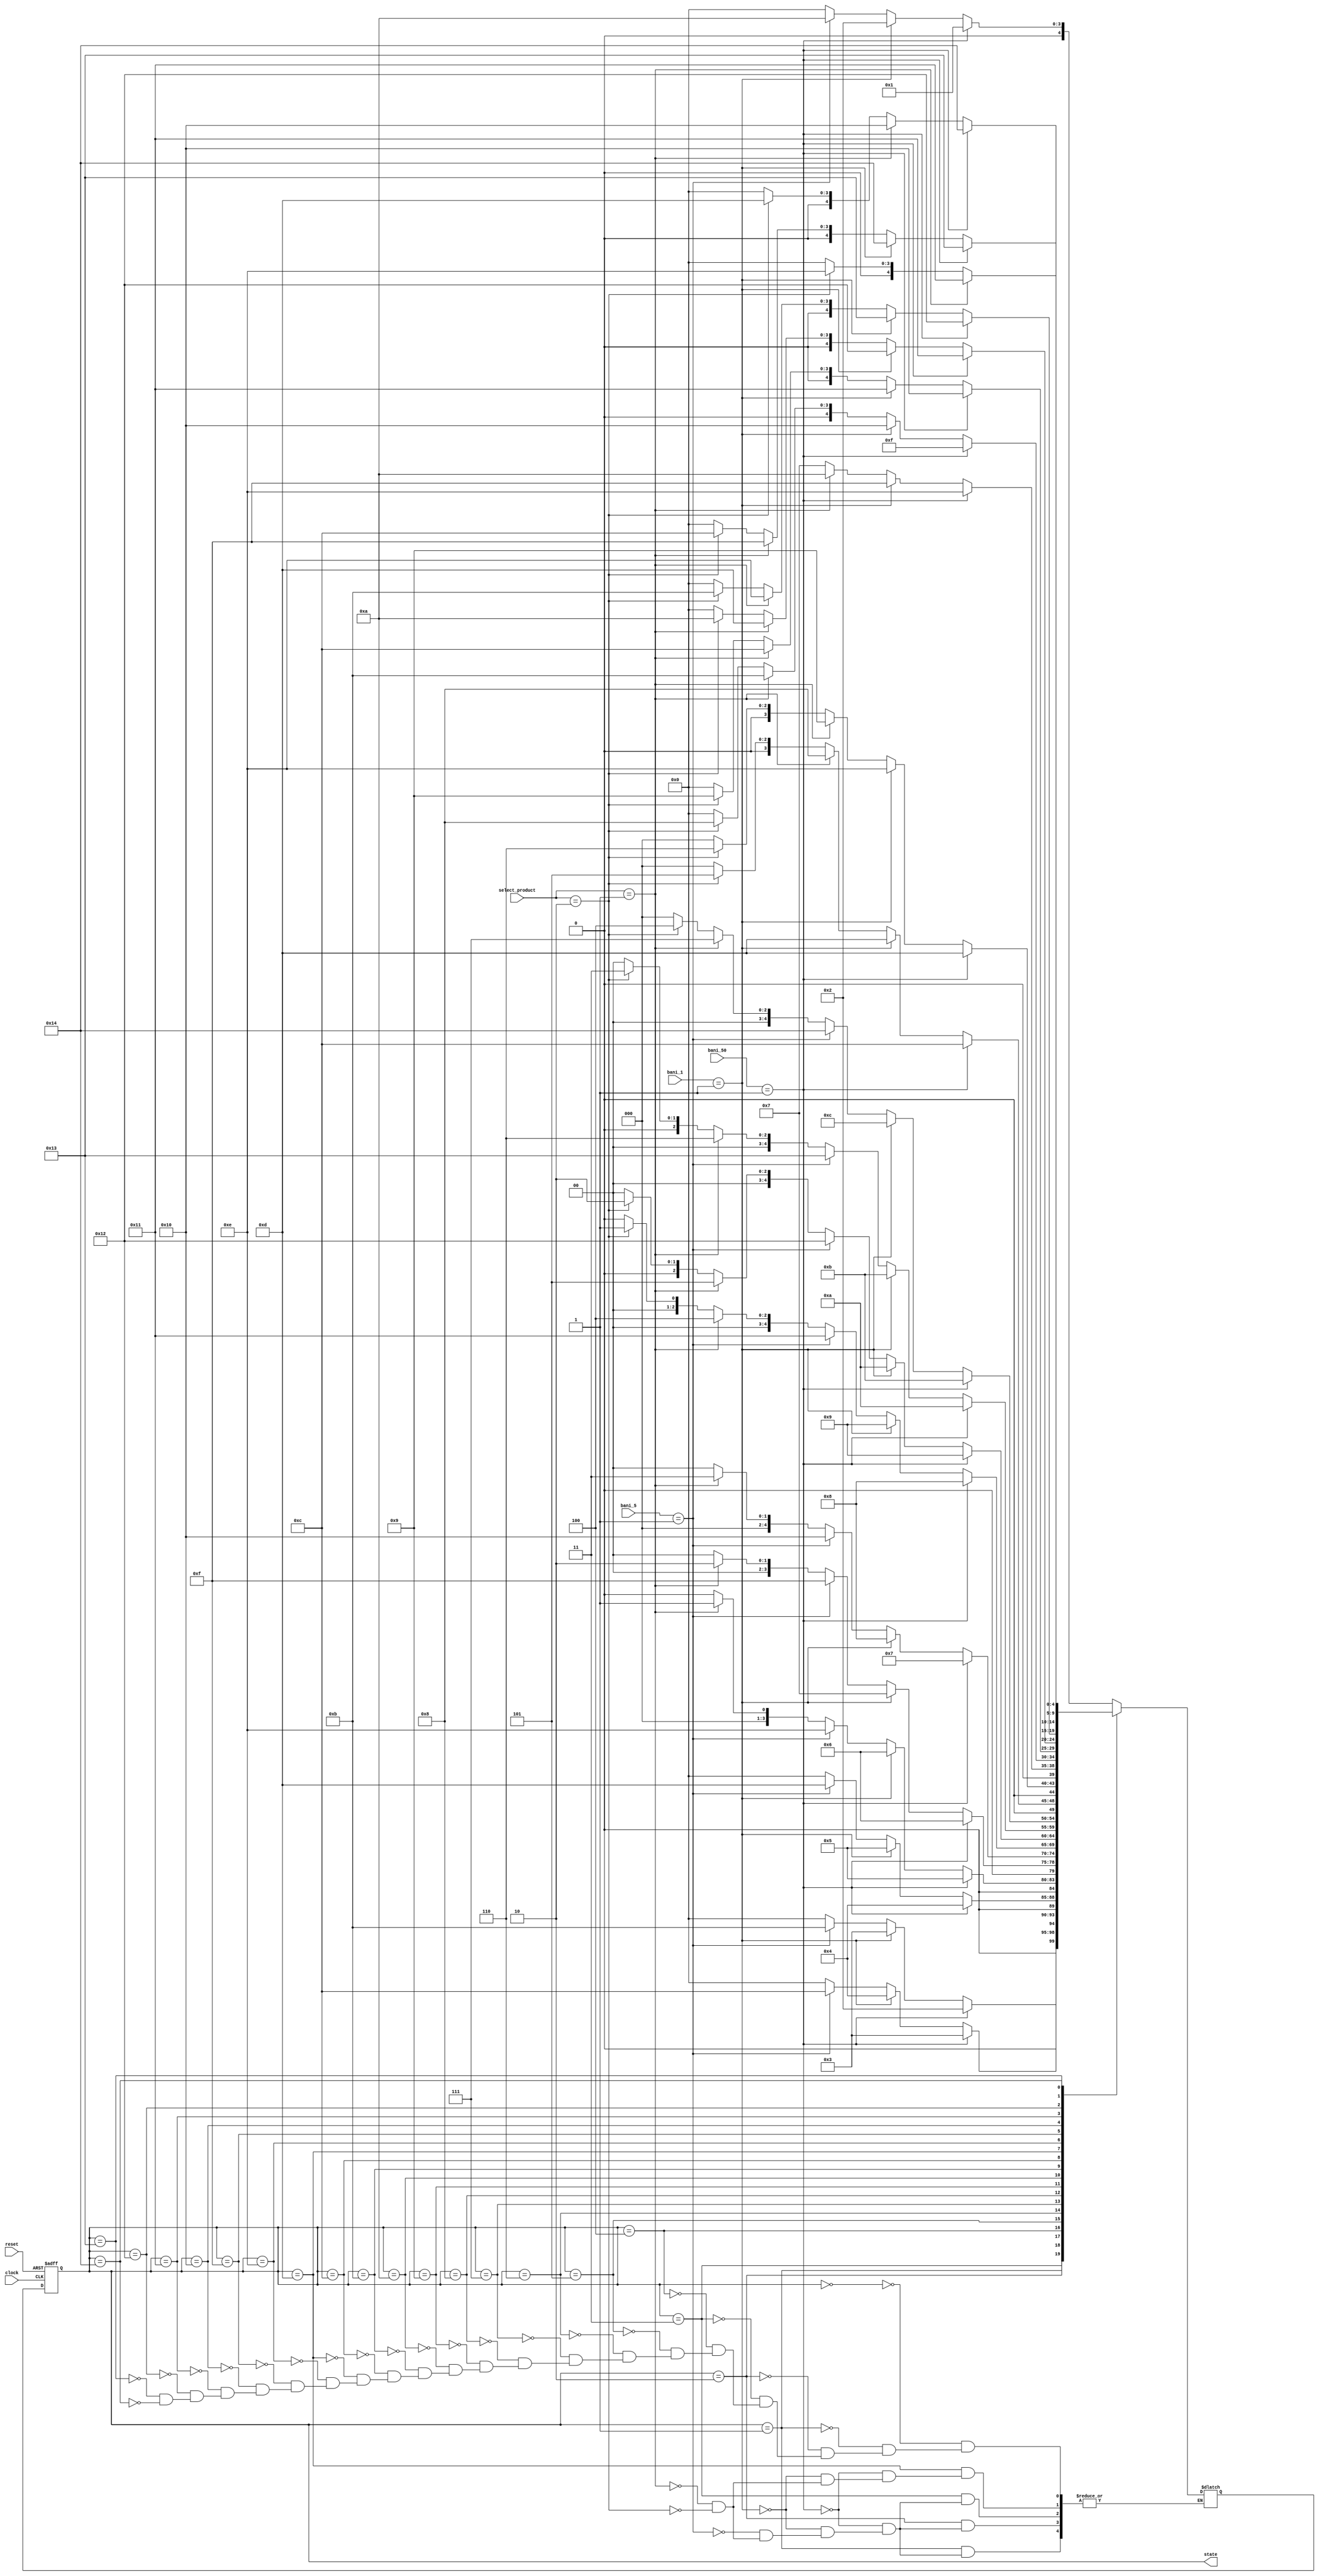
// input introduc bani, butn pentru 3 preturi diferite, output produsul si restul
module tonomat( 
    // ca output vom avea semnalele care vor fi afisate pe ecran
    output reg [4:0] state,
    input [1:0] bani_50,
    input [1:0] bani_1,
    input [1:0] bani_5,
    input [1:0] select_product,
    input clock, reset
    );

    reg [4:0] next_state;
    

    // 20 de stari cu toate preturile de la 0.5 la 10
    parameter [4:0] a0 = 5'd0; //0
    parameter [4:0] a1 = 5'd1; //0.5
    parameter [4:0] a2 = 5'd2; //1
    parameter [4:0] a3 = 5'd3; //1.5
    parameter [4:0] a4 = 5'd4; //2
    parameter [4:0] a5 = 5'd5; //2.5
    parameter [4:0] a6 = 5'd6; //3
    parameter [4:0] a7 = 5'd7; //3.5
    parameter [4:0] a8 = 5'd8; //4
    parameter [4:0] a9 = 5'd9; //4.5
    parameter [4:0] a10 = 5'd10; //5
    parameter [4:0] a11 = 5'd11; //5.5
    parameter [4:0] a12 = 5'd12; //6
    parameter [4:0] a13 = 5'd13; //6.5
    parameter [4:0] a14 = 5'd14; //7
    parameter [4:0] a15 = 5'd15; //7.5
    parameter [4:0] a16 = 5'd16; //8
    parameter [4:0] a17 = 5'd17; //8.5
    parameter [4:0] a18 = 5'd18; //9
    parameter [4:0] a19 = 5'd19; //9.5
    parameter [4:0] a20 = 5'd20; //10

    parameter [1:0] select_product_1 = 2'd1;
    parameter [1:0] select_product_2 = 2'd2;

    always @(posedge clock, posedge reset)
        if (reset)
            begin
                state <= a0;
            end
        else
            state <= next_state;
    always @ (state or bani_50 or bani_1 or bani_5 or select_product) 
        case (state)
            a0:
                if (bani_50 == 2'd1)
                    begin
                        $display("Ai introdus 0.5 lei in tonomat");
                        next_state <= a1;
                    end
                else if (bani_1 == 2'd1)
                    begin 
                        $display("Ai introdus 1 lei in tonomat");
                        next_state <= a2;
                    end
                else if (bani_5 == 2'd1)
                    begin 
                       $display("Ai introdus 5 lei in tonomat"); 
                        next_state <= a10;
                    end
                else if (select_product == select_product_1)
                    begin
                        $display("Nu ai destui bani pentru produsul 1");
                        next_state <= a0;
                    end
                else if (select_product == select_product_2)
                    begin
                        $display("Nu ai destui bani pentru produsul 2");
                        next_state <= a0;
                    end
                else 
                    next_state <= a0;
            a1: 
                if (bani_50 == 2'd1)
                    next_state <= a2;
                else if (bani_1 == 2'd1)
                    begin
                        $display("Ai introdus 1 lei in tonomat");
                        next_state <= a3;
                    end
                else if (bani_5 == 2'd1)
                    next_state <= a11;
                else if (select_product == select_product_1)
                    begin
                        $display("Nu ai destui bani pentru produsul 1");
                        next_state <= a0;
                    end
                else if (select_product == select_product_2)
                    begin
                        $display("Nu ai destui bani pentru produsul 2");
                        next_state <= a0;
                    end
                //else 
                    //begin
                       // $display("Primesti 0.5 lei rest");
                       // next_state <= a0;
                   // end
            a2:
                if (bani_50 == 2'd1)
                    next_state <= a3;
                else if (bani_1 == 2'd1)
                    next_state <= a4;
                else if (bani_5 == 2'd1)
                    next_state <= a12;
                else if (select_product == select_product_1)
                    begin
                        $display("Nu ai destui bani pentru produsul 1");
                        next_state <= a0;
                    end
                else if (select_product == select_product_2)
                    begin
                        $display("Nu ai destui bani pentru produsul 2");
                        next_state <= a0;
                    end
                //else
                  //  begin
                       // $display("Primesti 1 lei rest");
                       // next_state <= a0;
                   // end 
            a3:
                if (bani_50 == 2'd1)
                    next_state <= a4;
                else if (bani_1 == 2'd1)
                    next_state <= a5;
                else if (bani_5 == 2'd1)
                    begin
                     $display("Ai introdus 5 lei in tonomat"); 
                    next_state <= a13;
                    end
                else if (select_product == select_product_1)
                    begin
                        $display("Ai cumparat produsul 1");
                        next_state <= a0;
                    end
                else if (select_product == select_product_2)
                    begin
                        $display("Nu ai destui bani pentru produsul 2");
                        next_state <= a0;
                    end
                //else 
                  //  begin
                     //   $display("Primesti 1.5 lei rest");
                      //  next_state <= a0;
                   // end
            a4:
                if (bani_50 == 2'd1)
                    next_state <= a5;
                else if (bani_1 == 2'd1)
                    next_state <= a6;
                else if (bani_5 == 2'd1)
                    next_state <= a14;
                else if (select_product == select_product_1)
                    begin
                        $display("Ai cumparat produsul 1");
                        next_state <= a1;
                    end
                else if (select_product == select_product_2)
                    begin
                        $display("Nu ai destui bani pentru produsul 2");
                        next_state <= a0;
                    end
                else 
                    begin
                        $display("Primesti 2 lei rest");
                        next_state <= a0;
                    end
            a5:
                if (bani_50 == 2'd1)
                    next_state <= a6;
                else if (bani_1 == 2'd1)
                    next_state <= a7;
                else if (bani_5 == 2'd1)
                    next_state <= a15;
                else if (select_product == select_product_1)
                    begin
                        $display("Ai cumparat produsul 1");
                        next_state <= a2;
                    end
                else if (select_product == select_product_2)
                    begin
                        $display("Nu ai destui bani pentru produsul 2");
                        next_state <= a0;
                    end
                else 
                    begin
                        $display("Primesti 2.5 lei rest");
                        next_state <= a0;
                    end
            a6:
                if (bani_50 == 2'd1)
                    next_state <= a7;
                else if (bani_1 == 2'd1)
                    next_state <= a8;
                else if (bani_5 == 2'd1)
                    next_state <= a16;
                else if (select_product == select_product_1)
                    begin
                        $display("Ai cumparat produsul 1");
                        next_state <= a3;
                    end
                else if (select_product == select_product_2)
                    begin
                        $display("Ai cumparat produsul 2");
                        next_state <= a0;
                    end
                else 
                    begin
                        $display("Primesti 3 lei rest");
                        next_state <= a0;
                    end
            a7:
                if (bani_50 == 2'd1)
                    next_state <= a8;
                else if (bani_1 == 2'd1)
                    next_state <= a9;
                else if (bani_5 == 2'd1)
                    next_state <= a17;
                else if (select_product == select_product_1)
                    begin
                        $display("Ai cumparat produsul 1");
                        next_state <= a4;
                    end
                else if (select_product == select_product_2)
                    begin
                        $display("Ai cumparat produsul 2");
                        next_state <= a1;
                    end
                else 
                    begin
                        $display("Primesti 3.5 lei rest");
                        next_state <= a0;
                    end
                    
            a8:
                if (bani_50 == 2'd1)
                    next_state <= a9;
                else if (bani_1 == 2'd1)
                    next_state <= a10;
                else if (bani_5 == 2'd1)
                    next_state <= a18;
                else if (select_product == select_product_1)
                    begin
                        $display("Ai cumparat produsul 1");
                        next_state <= a5;
                    end
                else if (select_product == select_product_2)
                    begin
                        $display("Ai cumparat produsul 2");
                        next_state <= a2;
                    end
                else 
                    begin
                        $display("Primesti 4 lei rest");
                        next_state <= a0;
                    end
            a9:
                if (bani_50 == 2'd1)
                    next_state <= a10;
                else if (bani_1 == 2'd1)
                    next_state <= a11;
                else if (bani_5 == 2'd1)
                    next_state <= a19;
                else if (select_product == select_product_1)
                    begin
                        $display("Ai cumparat produsul 1");
                        next_state <= a6;
                    end
                else if (select_product == select_product_2)
                    begin
                        $display("Ai cumparat produsul 2");
                        next_state <= a3;
                    end
                else 
                    begin
                        $display("Primesti 4.5 lei rest");
                        next_state <= a0;
                    end
            a10:
                if (bani_50 == 2'd1)
                    next_state <= a11;
                else if (bani_1 == 2'd1)
                    next_state <= a12;
                else if (bani_5 == 2'd1)
                    next_state <= a20;
                else if (select_product == select_product_1) 
                    begin 
                        $display("Ai cumparat produsul 1");
                        next_state <= a7;
                    end
                else if (select_product == select_product_2)
                    begin
                        $display("Ai cumparat produsul 2");
                        next_state <= a4;
                    end
                else 
                    begin
                        $display("Primesti 5 lei rest");
                        next_state <= a0;
                    end
            a11:
                if (bani_50 == 2'd1)
                    next_state <= a12;
                else if (bani_1 == 2'd1)
                    next_state <= a13;
                else if (select_product == select_product_1)
                    begin
                        $display("Ai cumparat produsul 1");
                        next_state <= a8;
                    end
                else if (select_product == select_product_2)
                    begin
                        $display("Ai cumparat produsul 2");
                        next_state <= a5;
                    end
                else 
                    begin
                        $display("Primesti 5.5 lei rest");
                        next_state <= a0;
                    end
            a12:
                if (bani_50 == 2'd1)
                    next_state <= a13;
                else if (bani_1 == 2'd1)
                    next_state <= a14;
                else if (select_product == select_product_1)
                    begin
                        $display("Ai cumparat produsul 1");
                        next_state <= a9;
                    end
                else if (select_product == select_product_2)
                    begin
                        $display("Ai cumparat produsul 2");
                        next_state <= a6;
                    end
                else 
                    begin
                        $display("Primesti 6 lei rest");
                        next_state <= a0;
                    end
            a13:
                if (bani_50 == 2'd1)
                    next_state <= a14;
                else if (bani_1 == 2'd1)
                    next_state <= a15;
                else if (select_product == select_product_1)
                    begin
                        $display("Ai cumparat produsul 1");
                        next_state <= a10;
                    end
                else if (select_product == select_product_2)
                    begin
                        $display("Ai cumparat produsul 2");
                        next_state <= a7;
                    end
                //else 
                   // begin
                     //   $display("Primesti 6.5 lei rest");
                     //   next_state <= a0;
                    //end
            a14:
                if (bani_50 == 2'd1)
                    next_state <= a15;
                else if (bani_1 == 2'd1)
                    next_state <= a16;
                else if (select_product == select_product_1)
                    begin
                        $display("Ai cumparat produsul 1");
                        next_state <= a11;
                    end
                else if (select_product == select_product_2)
                    begin
                        $display("Ai cumparat produsul 2");
                        next_state <= a8;
                    end
                else 
                    begin
                        $display("Primesti 7 lei rest");
                        next_state <= a0;
                    end
            a15:
                if (bani_50 == 2'd1)
                    next_state <= a16;
                else if (bani_1 == 2'd1)
                    next_state <= a17;
                else if (select_product == select_product_1)
                    begin
                        $display("Ai cumparat produsul 1");
                        next_state <= a12;
                    end
                else if (select_product == select_product_2)
                    begin
                        $display("Ai cumparat produsul 2");
                        next_state <= a9;
                    end
                else 
                    begin
                        $display("Primesti 7.5 lei rest");
                        next_state <= a0;
                    end
            a16:
                if (bani_50 == 2'd1)
                    next_state <= a17;
                else if (bani_1 == 2'd1)
                    next_state <= a18;
                else if (select_product == select_product_1)
                    begin
                        $display("Ai cumparat produsul 1");
                        next_state <= a13;
                    end
                else if (select_product == select_product_2)
                    begin
                        $display("Ai cumparat produsul 2");
                        next_state <= a10;
                    end
                else 
                    begin
                        $display("Primesti 8 lei rest");
                        next_state <= a0;
                    end
            a17:
                if (bani_50 == 2'd1)
                    next_state <= a18;
                else if (bani_1 == 2'd1)
                    next_state <= a19;
                else if (select_product == select_product_1)
                    begin
                        $display("Ai cumparat produsul 1");
                        next_state <= a14;
                    end
                else if (select_product == select_product_2)
                    begin
                        $display("Ai cumparat produsul 2");
                        next_state <= a11;
                    end
                else 
                    begin
                        $display("Primesti 8.5 lei rest");
                        next_state <= a0;
                    end
            a18:
                if (bani_50 == 2'd1)
                    next_state <= a19;
                else if (bani_1 == 2'd1)
                    next_state <= a20;
                else if (select_product == select_product_1)
                    begin
                        $display("Ai cumparat produsul 1");
                        next_state <= a15;
                    end
                else if (select_product == select_product_2)
                    begin
                        $display("Ai cumparat produsul 2");
                        next_state <= a12;
                    end
                else 
                    begin
                        $display("Primesti 9 lei rest");
                        next_state <= a0;
                    end
            a19:
                if (bani_50 == 2'd1)
                    next_state <= a20;
                else if (select_product == select_product_1)
                    begin
                        $display("Ai cumparat produsul 1");
                        next_state <= a16;
                    end
                else if (select_product == select_product_2)
                    begin
                        $display("Ai cumparat produsul 2");
                        next_state <= a13;
                    end
                else 
                    begin
                        $display("Primesti 9.5 lei rest");
                        next_state <= a0;
                    end
            a20:
                if (select_product == select_product_1)
                    begin
                        $display("Ai cumparat produsul 1");
                        next_state <= a17;
                    end
                else if (select_product == select_product_2)
                    begin
                        $display("Ai cumparat produsul 2");
                        next_state <= a14;
                    end
                else 
                    begin
                        $display("Primesti 10 lei rest");
                        next_state <= a0;
                    end
        endcase
endmodule